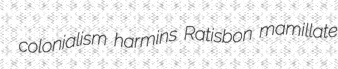
colonialism harmins Ratisbon mamillate